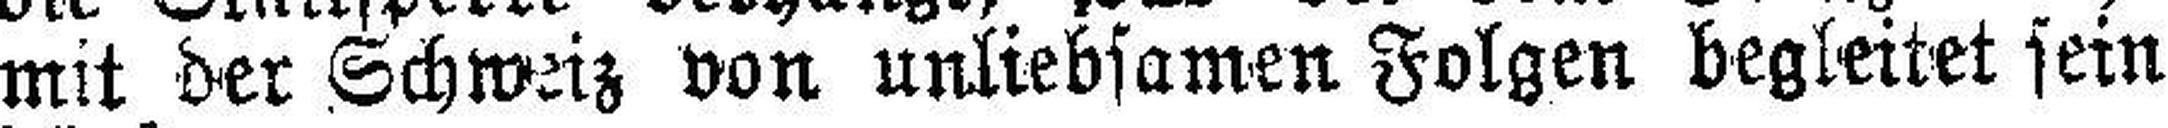
mit der Schweiz von unliebsamen Folgen begleitet sein